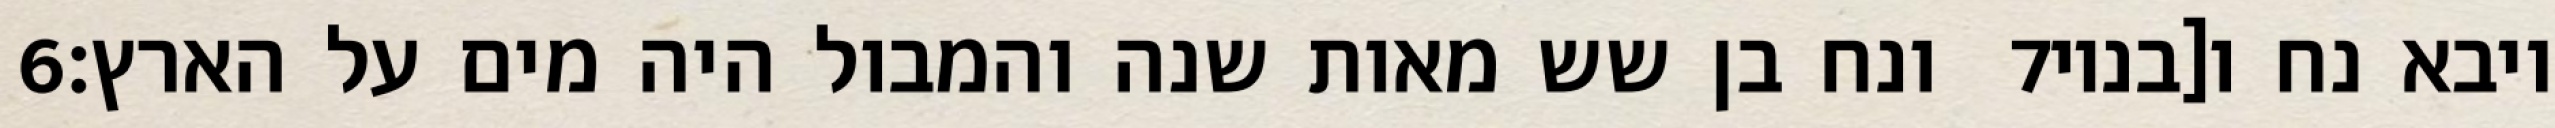
‎6‏ ונח בן שש מאות שנה והמבול היה מים על הארץ׃ ‎7‏ ויבא נח ו[בניו